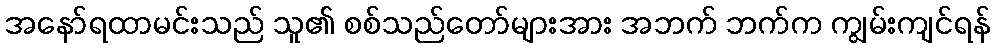
အနော်ရထာမင်းသည် သူ၏ စစ်သည်တော်များအား အဘက် ဘက်က ကျွမ်းကျင်ရန်